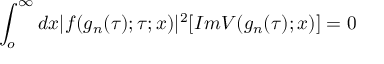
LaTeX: \int _ { o } ^ { \infty } d x | f ( g _ { n } ( \tau ) ; \tau ; x ) | ^ { 2 } [ I m V ( g _ { n } ( \tau ) ; x ) ] = 0